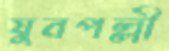
যুবপল্লী